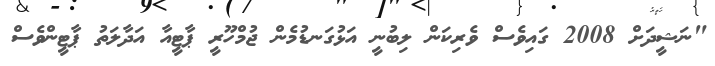
"ނަޝީދަށް 2008 ގައިވެސް ވެރިކަން ލިބުނީ އަޅުގަނޑުމެން ޖުމްހޫރީ ޕާޓީއާ އަދާލަތު ޕާޓީންވެސް